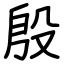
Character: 殷